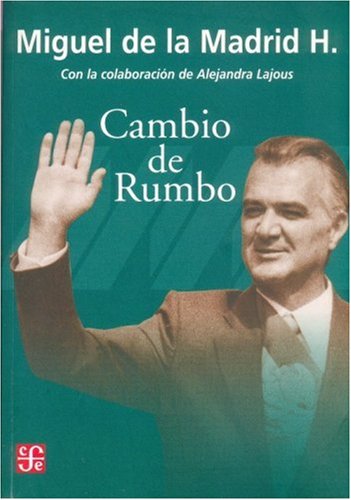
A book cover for Cambio de rumbo. Testimonios de una Presidencia, 1982 -1988 (Vida y Pensamiento de Mexico) (Spanish Edition); Madrid Hurtado Miguel de la; History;